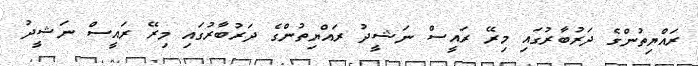
ރައްޔިތުންގެ ދަރުބާރުގައި މިރޭ ރައީސް ނަޝީދު ރައްޔިތުންގެ ދަރުބާރުގައި މިރޭ ރައީސް ނަޝީދު